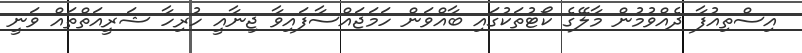
އިސްތިއުފާ ދެއްވުމުން މާލޭގެ ކޯޓުތަކުގައި ބާއްވަން ހަމަޖައްސާފައިވާ ޖިނާއީ ހުރިހާ ޝަރީއަތްތައް ވަނީ